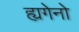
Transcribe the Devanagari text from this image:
ह्यगेनो